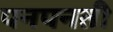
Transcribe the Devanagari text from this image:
पनपनती